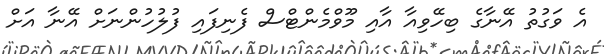
އެ ވަގުތު އޭނާގެ ބިހޭވިއާ އާއި މޫވްމެންޓްސް ފެނިފައި ފުލުހުންނަށް އޭނާ އަށް